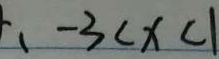
, - 3 < x < 1